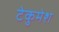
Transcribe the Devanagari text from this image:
टेकुमेश